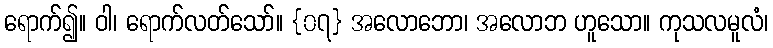
ရောက်၍။ ဝါ၊ ရောက်လတ်သော်။ {၀၇} အလောဘော၊ အလောဘ ဟူသော။ ကုသလမူလံ၊